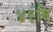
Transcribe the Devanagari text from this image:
४१वि